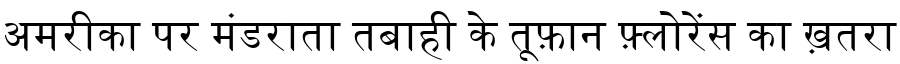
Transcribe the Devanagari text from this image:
अमरीका पर मंडराता तबाही के तूफ़ान फ़्लोरेंस का ख़तरा